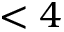
< 4